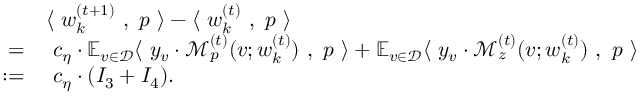
\begin{array} { r l } & { \langle ~ { \boldsymbol w } _ { k } ^ { ( t + 1 ) } ~ , ~ { \boldsymbol p } ~ \rangle - \langle ~ { \boldsymbol w } _ { k } ^ { ( t ) } ~ , ~ { \boldsymbol p } ~ \rangle } \\ { = } & { ~ c _ { \eta } \cdot \mathbb { E } _ { v \in \mathcal { D } } \langle ~ y _ { v } \cdot \mathcal { M } _ { p } ^ { ( t ) } ( v ; { \boldsymbol w } _ { k } ^ { ( t ) } ) ~ , ~ { \boldsymbol p } ~ \rangle + \mathbb { E } _ { v \in \mathcal { D } } \langle ~ y _ { v } \cdot \mathcal { M } _ { z } ^ { ( t ) } ( v ; { \boldsymbol w } _ { k } ^ { ( t ) } ) ~ , ~ { \boldsymbol p } ~ \rangle } \\ { : = } & { ~ c _ { \eta } \cdot ( I _ { 3 } + I _ { 4 } ) . } \end{array}